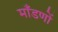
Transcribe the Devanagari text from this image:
माँडणों